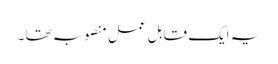
یہ ایک قابل عمل منصوبہ تھا ۔